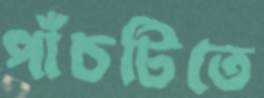
পাঁচটিতে